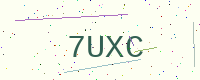
Text: 7UXC